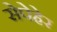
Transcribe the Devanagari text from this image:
सेपेहेर